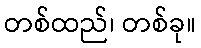
တစ်ထည်၊ တစ်ခု။